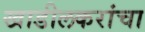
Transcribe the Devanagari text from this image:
खाडीलकरांचा